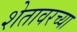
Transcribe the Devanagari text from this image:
शेतावरच्या